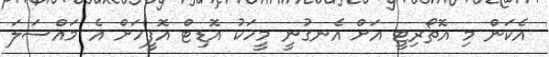
އެކަން މި އޮތޯރިޓީ އަށް އެނގުނީ މީހަކު އޮޑިޓް އޮފީހަށް އެ މައްސަލަ